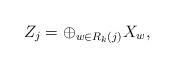
LaTeX: \begin{align*}Z_j = \oplus_{w \in R_k(j)} X_w,\end{align*}